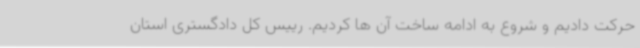
حرکت دادیم و شروع به ادامه ساخت آن ها کردیم. رییس کل دادگستری استان